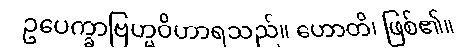
ဥပေက္ခာဗြဟ္မဝိဟာရသည်။ ဟောတိ၊ ဖြစ်၏။